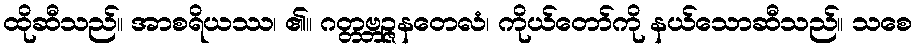
ထိုဆီသည်။ အာစရိယဿ၊ ၏။ ဂတ္တဗ္ဘဉ္ဇနတေလံ၊ ကိုယ်တော်ကို နယ်သောဆီသည်။ သစေ